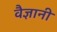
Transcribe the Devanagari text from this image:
वैज्ञानी